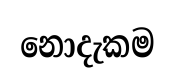
නොදැකම